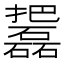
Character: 𱡓